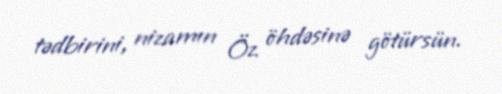
tədbirini, nizamın Öz öhdəsinə götürsün.